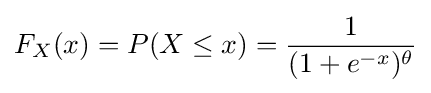
F_{X}(x)=P(X\leq x)={\frac {1}{(1+e^{-x})^{\theta }}}